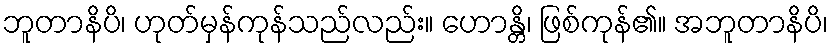
ဘူတာနိပိ၊ ဟုတ်မှန်ကုန်သည်လည်း။ ဟောန္တိ၊ ဖြစ်ကုန်၏။ အဘူတာနိပိ၊